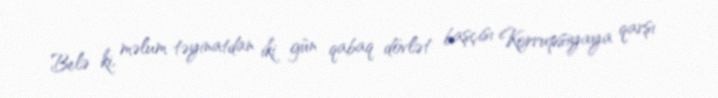
Belə ki, məlum təyinatdan iki gün qabaq dövlət başçısı Korrupsiyaya qarşı